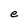
Character: e